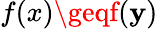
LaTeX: f\! \left(x\right)\geqf\! \left(\mathbf{y}\right)